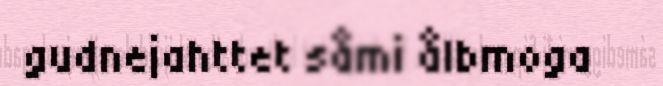
gudnejahttet såmi ålbmoga